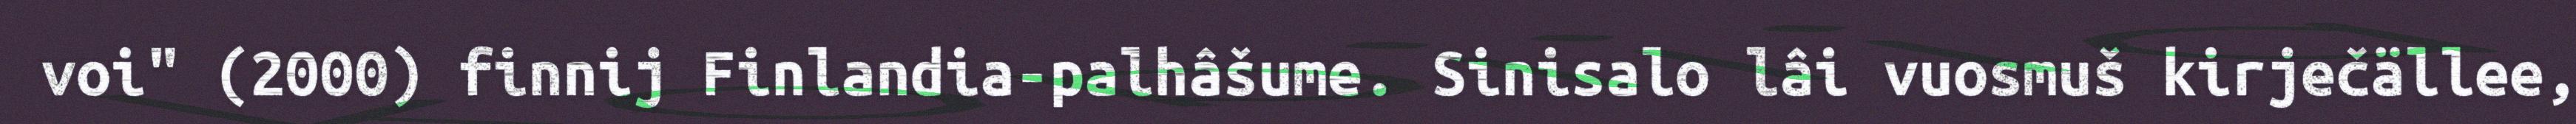
voi" (2000) finnij Finlandia-palhâšume. Sinisalo lâi vuosmuš kirječällee,